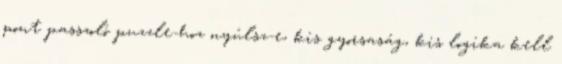
pont passzoló puzzle-hoz nyúlsz-e, kis gyorsaság, kis logika kell